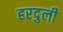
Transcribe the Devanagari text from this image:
हरदुली